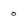
Character: 0